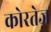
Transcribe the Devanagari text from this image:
कोरतेज़